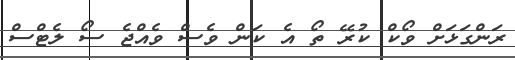
ރަންގަޅަށް ވޯކް ކުރޭ ތޯ އެ ކަން ވެސް ވެއްޖެ ސޯ ލެޓްސް